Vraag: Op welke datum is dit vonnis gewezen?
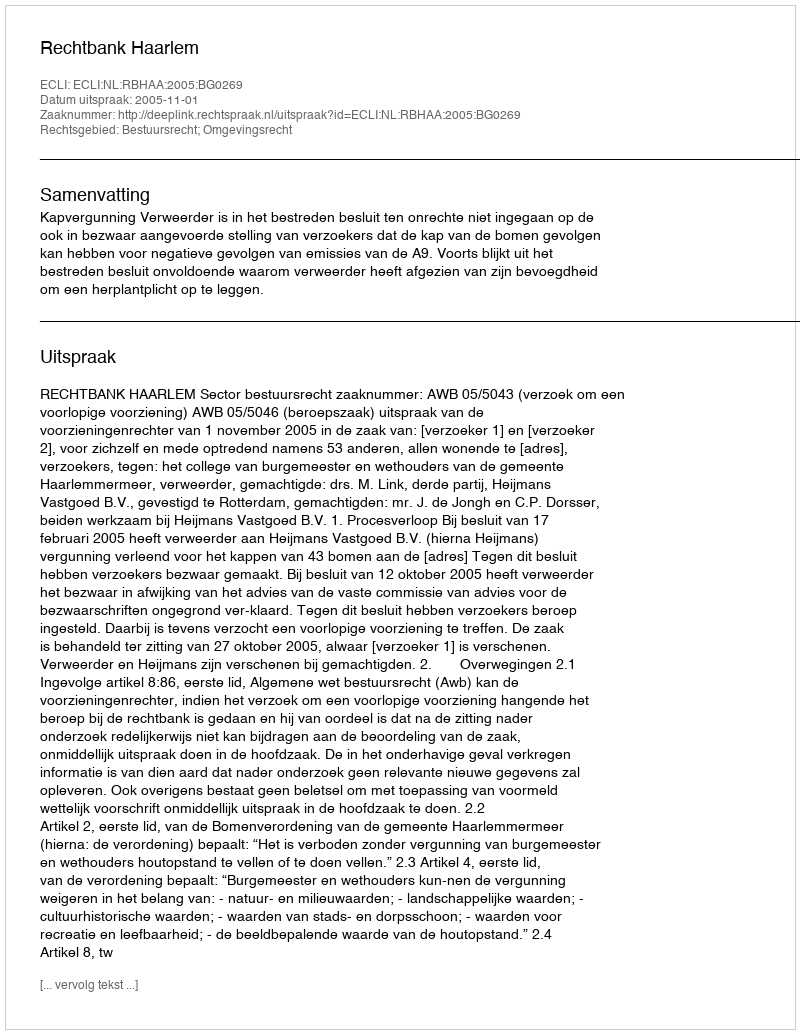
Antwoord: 2005-11-01